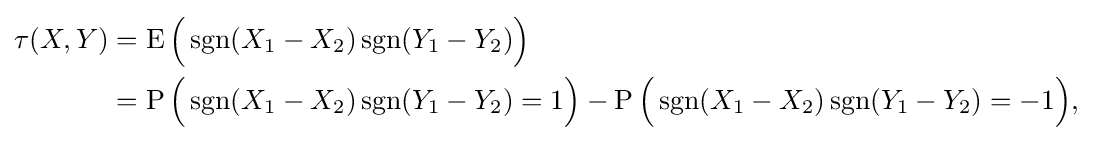
{\begin{aligned}\tau (X,Y)&=\operatorname {E} {\Bigl (}\operatorname {sgn}(X_{1}-X_{2})\operatorname {sgn}(Y_{1}-Y_{2}){\Bigr )}\\&=\operatorname {P} {\Bigl (}\operatorname {sgn}(X_{1}-X_{2})\operatorname {sgn}(Y_{1}-Y_{2})=1{\Bigr )}-\operatorname {P} {\Bigl (}\operatorname {sgn}(X_{1}-X_{2})\operatorname {sgn}(Y_{1}-Y_{2})=-1{\Bigr )},\\\end{aligned}}